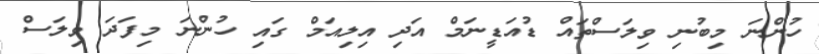
ހުންނަ މިބުނި ވިލަސްތައް ޑުއަޑީނަމް އަދި އިލިއަމް ގައި ހުންނަ މިފަދަ ވިލަސް